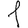
Digit: 1